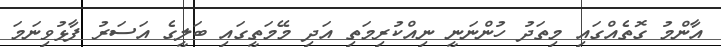
އާންމު ގޮތެއްގައި މިތަދު ހުންނަނީ ނިއްކުރިމަތި އަދި މޭމަތީގައި ބަލީގެ އަސަރު ފާޅުވިނަމަ